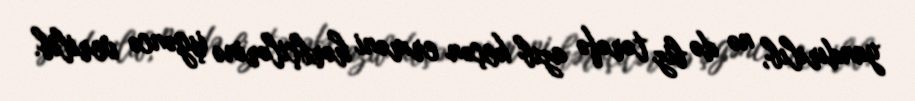
yandırılıb, nə də biz tərəfə azıb keçən erməni hərbçilərinə işgəncə verilib.